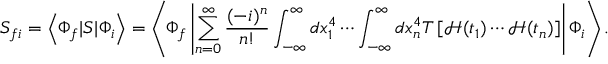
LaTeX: S _ { f i } = \left\langle \Phi _ { f } | S | \Phi _ { i } \right\rangle = \left\langle \Phi _ { f } \left| \sum _ { n = 0 } ^ { \infty } { \frac { ( - i ) ^ { n } } { n ! } } \int _ { - \infty } ^ { \infty } d x _ { 1 } ^ { 4 } \cdots \int _ { - \infty } ^ { \infty } d x _ { n } ^ { 4 } T \left[ { \mathcal { H } } ( t _ { 1 } ) \cdots { \mathcal { H } } ( t _ { n } ) \right] \right| \Phi _ { i } \right\rangle .